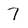
Character: 7